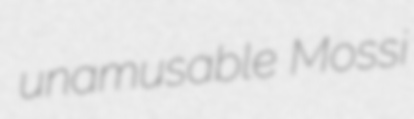
unamusable Mossi